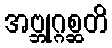
အဗ္ဘုဂ္ဂစ္ဆတိ